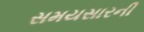
સમયસારની